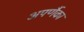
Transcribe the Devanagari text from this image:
अपर्णैका